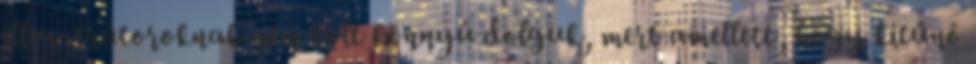
illusztrátoroknak nem volt könnyű dolguk, mert amellett, hogy kitűnő